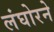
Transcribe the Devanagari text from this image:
लंघोरने